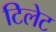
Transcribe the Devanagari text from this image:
टिलेट